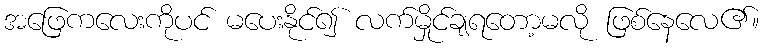
အဖြေကလေးကိုပင် မပေးနိုင်၍ လက်မှိုင်ချရတော့မလို ဖြစ်နေလေ၏။